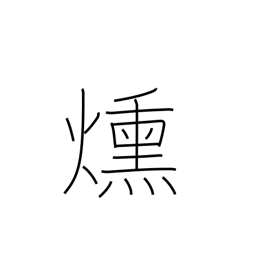
Meaning: smoulder